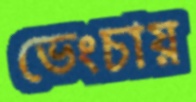
ভেংচায়